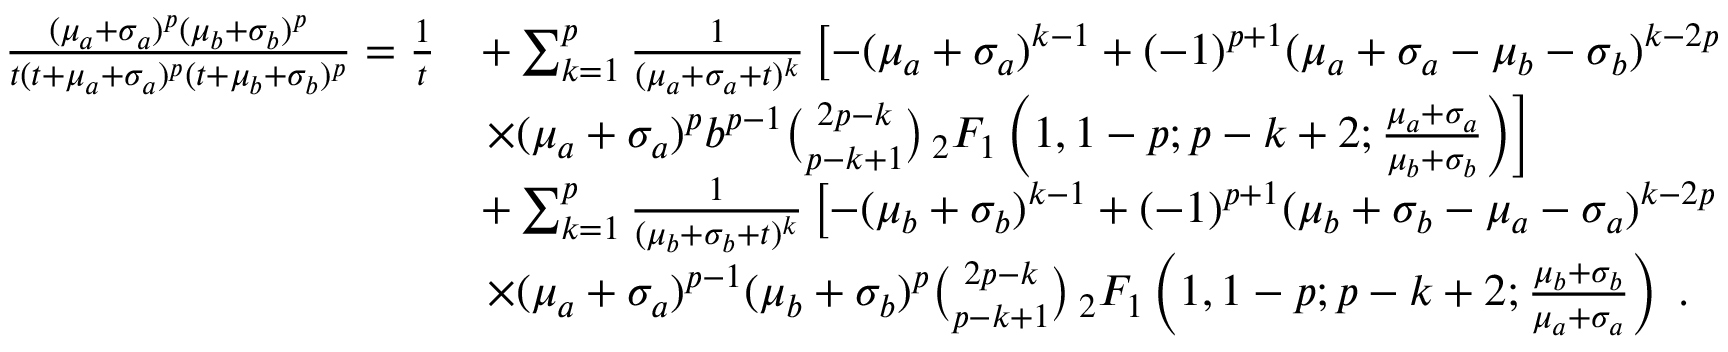
\begin{array} { r l } { \frac { ( \mu _ { a } + \sigma _ { a } ) ^ { p } ( \mu _ { b } + \sigma _ { b } ) ^ { p } } { t ( t + \mu _ { a } + \sigma _ { a } ) ^ { p } ( t + \mu _ { b } + \sigma _ { b } ) ^ { p } } = \frac { 1 } { t } } & { + \sum _ { k = 1 } ^ { p } \frac { 1 } { ( \mu _ { a } + \sigma _ { a } + t ) ^ { k } } \left[ - ( \mu _ { a } + \sigma _ { a } ) ^ { k - 1 } + ( - 1 ) ^ { p + 1 } ( \mu _ { a } + \sigma _ { a } - \mu _ { b } - \sigma _ { b } ) ^ { k - 2 p } \right. } \\ & { \left. \times ( \mu _ { a } + \sigma _ { a } ) ^ { p } b ^ { p - 1 } \binom { 2 p - k } { p - k + 1 } \, _ { 2 } F _ { 1 } \left( 1 , 1 - p ; p - k + 2 ; \frac { \mu _ { a } + \sigma _ { a } } { \mu _ { b } + \sigma _ { b } } \right) \right] } \\ & { + \sum _ { k = 1 } ^ { p } \frac { 1 } { ( \mu _ { b } + \sigma _ { b } + t ) ^ { k } } \left[ - ( \mu _ { b } + \sigma _ { b } ) ^ { k - 1 } + ( - 1 ) ^ { p + 1 } ( \mu _ { b } + \sigma _ { b } - \mu _ { a } - \sigma _ { a } ) ^ { k - 2 p } \right. } \\ & { \left. \times ( \mu _ { a } + \sigma _ { a } ) ^ { p - 1 } ( \mu _ { b } + \sigma _ { b } ) ^ { p } \binom { 2 p - k } { p - k + 1 } \, _ { 2 } F _ { 1 } \left( 1 , 1 - p ; p - k + 2 ; \frac { \mu _ { b } + \sigma _ { b } } { \mu _ { a } + \sigma _ { a } } \right) \right. \, . } \end{array}